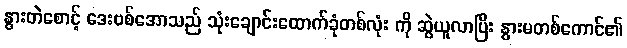
နွားတဲစောင့် ဒေးဗစ်အောသည် သုံးချောင်းထောက်ခုံတစ်လုံး ကို ဆွဲယူလာပြီး နွားမတစ်ကောင်၏